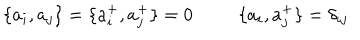
LaTeX: \{ a _ { i } , a _ { j } \} = \{ a _ { i } ^ { + } , a _ { j } ^ { + } \} = 0 \; \; \: \{ a _ { i } , a _ { j } ^ { + } \} = \delta _ { i j }